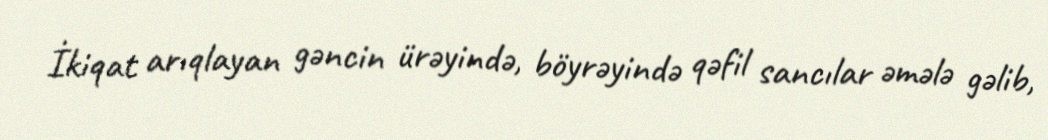
İkiqat arıqlayan gəncin ürəyində, böyrəyində qəfil sancılar əmələ gəlib,